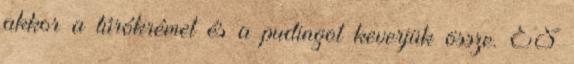
akkor a túrókrémet és a pudingot keverjük össze. ÉS